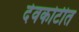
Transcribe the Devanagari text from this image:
देवकोटीत